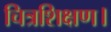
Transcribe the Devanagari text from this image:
चित्रशिक्षण।